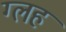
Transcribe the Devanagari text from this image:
ग्लह